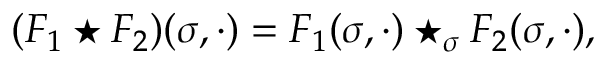
( F _ { 1 } \star F _ { 2 } ) ( \sigma , \cdot ) = F _ { 1 } ( \sigma , \cdot ) \star _ { \sigma } F _ { 2 } ( \sigma , \cdot ) ,